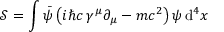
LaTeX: { \mathcal { S } } = \int { \bar { \psi } } \left( i \hbar c \, \gamma ^ { \mu } \partial _ { \mu } - m c ^ { 2 } \right) \psi \, \mathrm { d } ^ { 4 } x